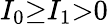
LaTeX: I_{0}{\geq}I_{1}{>}0